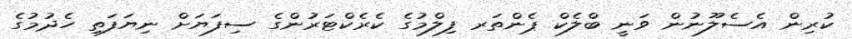
ކުރިން އެސެލޫނުން ވަނީ ބްލެކް ޕެންތަރ ފިލްމުގެ ކެރެކްޓަރުންގެ ސިފަޔަށް ނިޔަފަތި ހެދުމުގެ